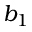
b _ { 1 }